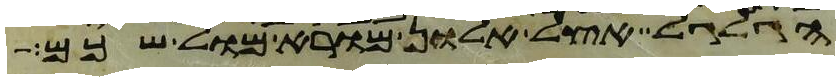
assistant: הגלגל אצל אלון מורא מול שכם